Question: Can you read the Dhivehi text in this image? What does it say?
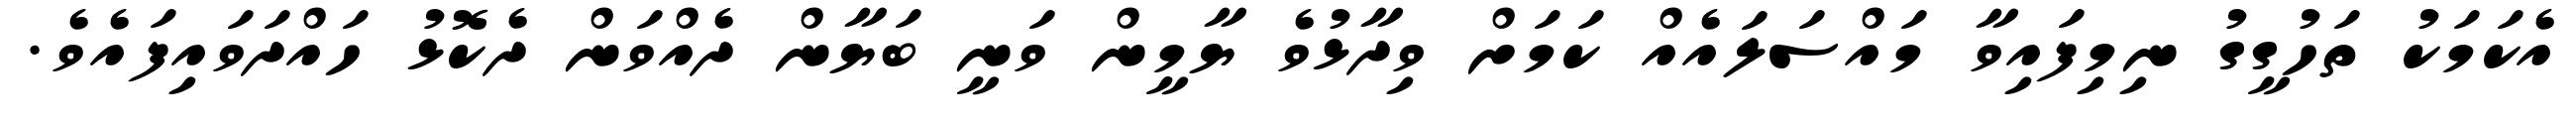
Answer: އެކަމަކު ތަހުގީގު ނިމިފައިވާ މައްސަލައެއް ކަމަށް ވިދާޅުވެ ޔާމީން ވަނީ ބަޔާން ދެއްވަން ދެކޮޅު ހައްދަވައިފައެވެ.